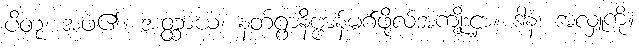
ပိတု၊ အဖ၏။ အတ္ထာယ၊ နတ်ရွာနိဗ္ဗာန်မဂ်ဖိုလ်အကျိုးငှာ။ ဒါနံ၊ အလှူကို။